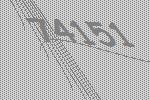
74151